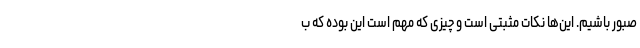
صبور باشیم. این‌ها نکات مثبتی است و چیزی که مهم است این بوده که ب